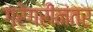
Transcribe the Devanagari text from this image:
ग्रेगरीनंतर